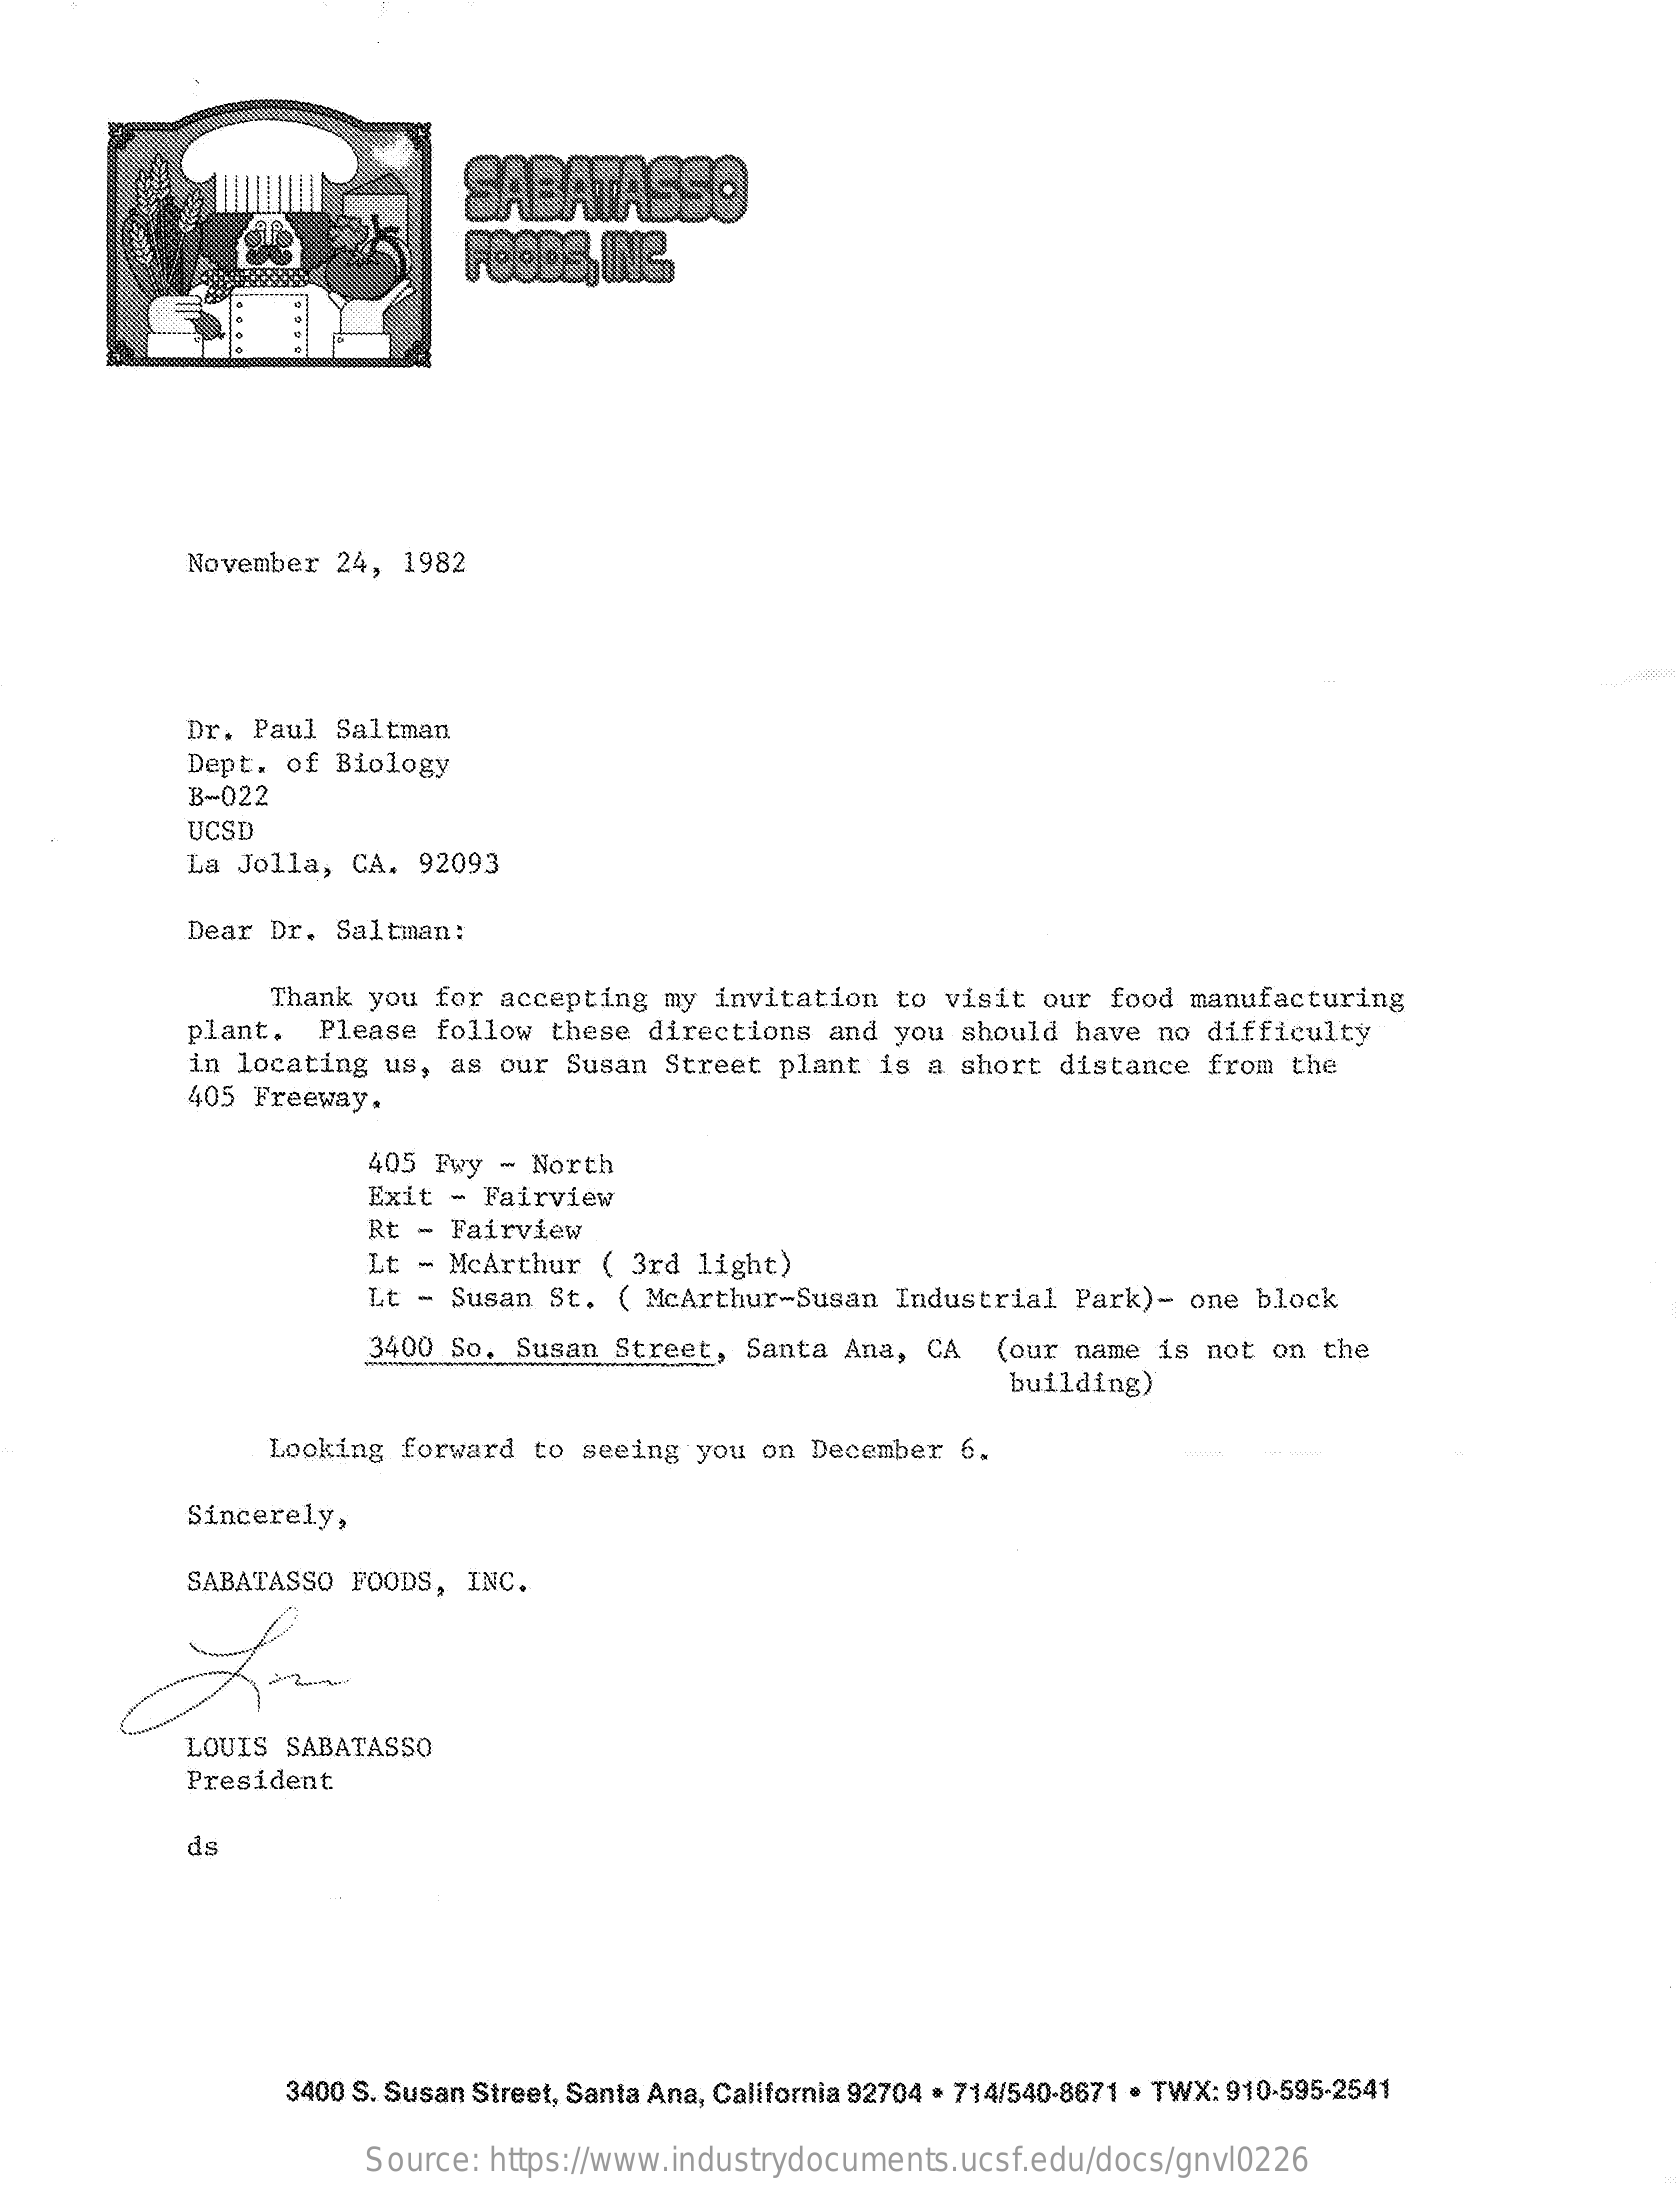
SABATASSO
     FOODS,   ING.
     November  24, 1982
     Dr. Paul  Saltman
     Dept. of Biology
     B-022
     UCSD
     La Jolla,  CA. 92093
     Dear Dr. Saltman:
     Thank you for accepting  my invitation  to visit  our food manufacturing
     plant.   Please follow  these directions  and you should  have no difficulty
     in locating us, as our  Susan Street  plant is a short  distance from  the
     405  Freeway.
     405 Fwy - North
     Exit - Fairview
     Rt - Fairview
     Lt - McArthur  ( 3rd light)
     Lt - Susan St.  ( McArthur-Susan  Industrial  Park)- one block
     3400 50.  50 Susan Street, Santa Ana, CA (our name is not  on the
     building)
     Looking forward  to seeing you on  December 6.
     Sincerely,
     SABATASSO  FOODS, INC.
     LOUIS SABATASSO
     President
     ds
     3400 S. Susan Street, Santa Ana, California 92704 · 714/540-8671 · TWX: 910-595-2541
     Source: https://www.industrydocuments.ucsf.edu/docs/gnvl0226